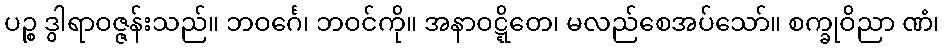
ပဉ္စ ဒွါရာဝဇ္ဇန်းသည်။ ဘဝင်္ဂေ၊ ဘဝင်ကို။ အနာဝဋ္ဋိတေ၊ မလည်စေအပ်သော်။ စက္ခုဝိညာ ဏံ၊